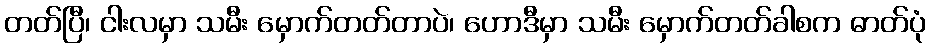
တတ်ပြီ၊ ငါးလမှာ သမီး မှောက်တတ်တာပဲ၊ ဟောဒီမှာ သမီး မှောက်တတ်ခါစက ဓာတ်ပုံ